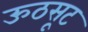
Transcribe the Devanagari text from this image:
ऊठसूट